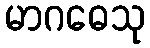
မာဂဓေသု